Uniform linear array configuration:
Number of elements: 12
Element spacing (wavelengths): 0.5
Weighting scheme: hamming
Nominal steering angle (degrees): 60
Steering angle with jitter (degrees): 59.895
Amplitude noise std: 0.05
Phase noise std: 0.05

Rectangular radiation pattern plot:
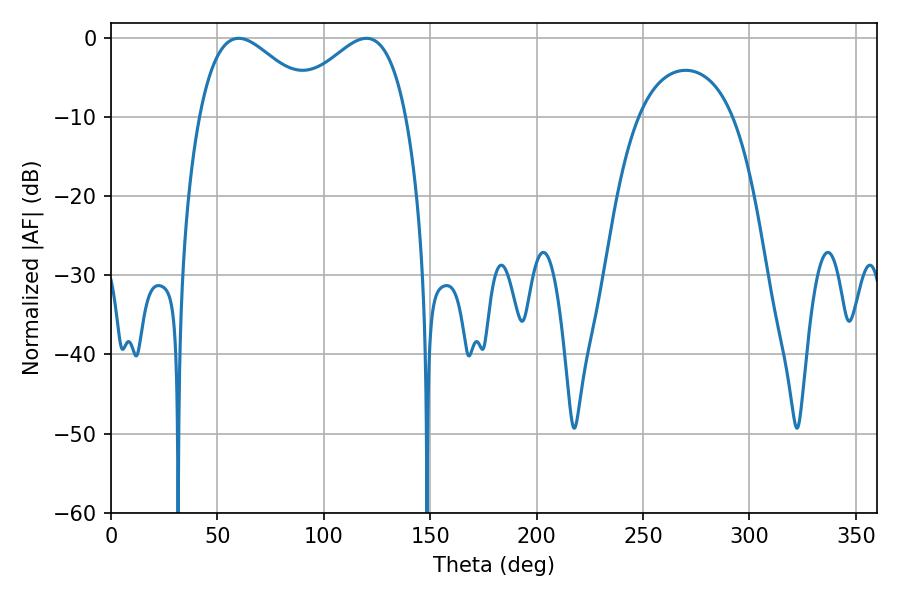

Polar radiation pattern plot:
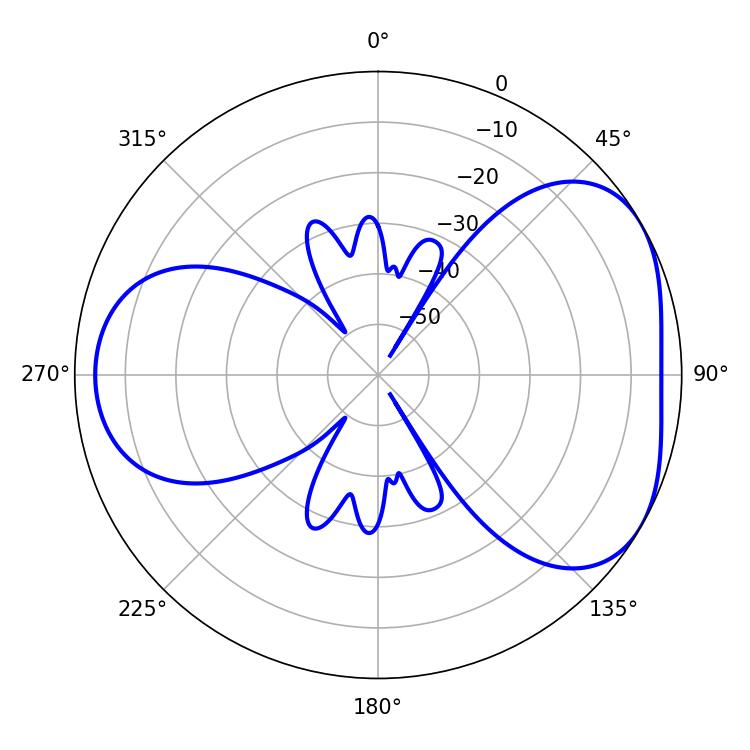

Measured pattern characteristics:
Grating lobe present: FALSE
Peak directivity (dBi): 4.377
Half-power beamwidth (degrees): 30.24
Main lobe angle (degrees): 59.94